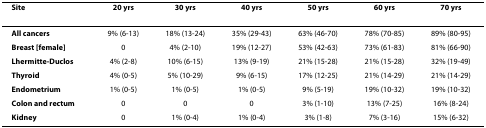
| Site | 20 yrs | 30 yrs | 40 yrs | 50 yrs | 60 yrs | 70 yrs |
 | --- | --- | --- | --- | --- | --- | --- |
 | All cancers | 9% (6-13) | 18% (13-24) | 35% (29-43) | 63% (46-70) | 78% (70-85) | 89% (80-95) |
 | Breast [female] | 0 | 4% (2-10) | 19% (12-27) | 53% (42-63) | 73% (61-83) | 81% (66-90) |
 | Lhermitte-Duclos | 4% (2-8) | 10% (6-15) | 13% (9-19) | 21% (15-28) | 21% (15-28) | 32% (19-49) |
 | Thyroid | 4% (0-5) | 5% (10-29) | 9% (6-15) | 17% (12-25) | 21% (14-29) | 21% (14-29) |
 | Endometrium | 1% (0-5) | 1% (0-5) | 1% (0-5) | 9% (5-19) | 19% (10-32) | 19% (10-32) |
 | Colon and rectum | 0 | 0 | 0 | 3% (1-10) | 13% (7-25) | 16% (8-24) |
 | Kidney | 0 | 1% (0-4) | 1% (0-4) | 3% (1-8) | 7% (3-16) | 15% (6-32) |